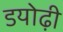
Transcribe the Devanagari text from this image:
डयोढ़ी